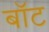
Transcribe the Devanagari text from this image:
बाॅट